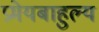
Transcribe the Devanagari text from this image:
प्रमेयबाहुल्य